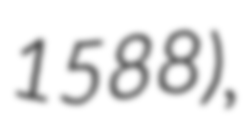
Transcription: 1588),